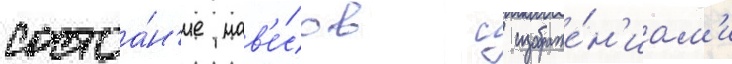
состоа́н'ие нав'е́сов с изображе́н'иам'и